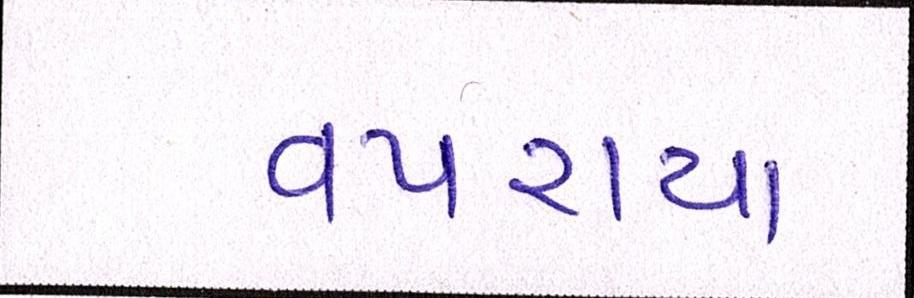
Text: વપરાયા